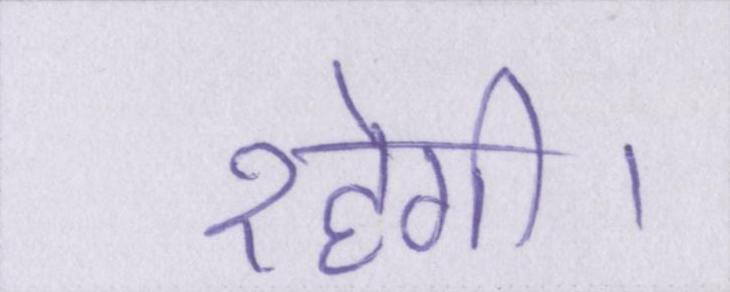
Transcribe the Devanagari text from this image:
रहेगी।